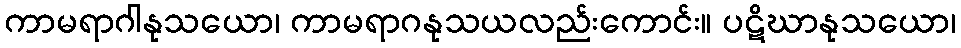
ကာမရာဂါနုသယော၊ ကာမရာဂနုသယလည်းကောင်း။ ပဋိဃာနုသယော၊